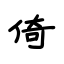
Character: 倚